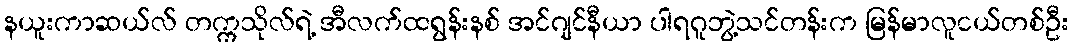
နယူးကာဆယ်လ် တက္ကသိုလ်ရဲ့ အီလက်ထရွန်းနစ် အင်ဂျင်နီယာ ပါရဂူဘွဲ့သင်တန်းက မြန်မာလူငယ်တစ်ဦး